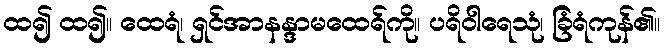
ထ၍ ထ၍။ ထေရံ၊ ရှင်အာနန္ဒာမထေရ်ကို။ ပရိဝါရေသုံ၊ ခြံရံကုန်၏။